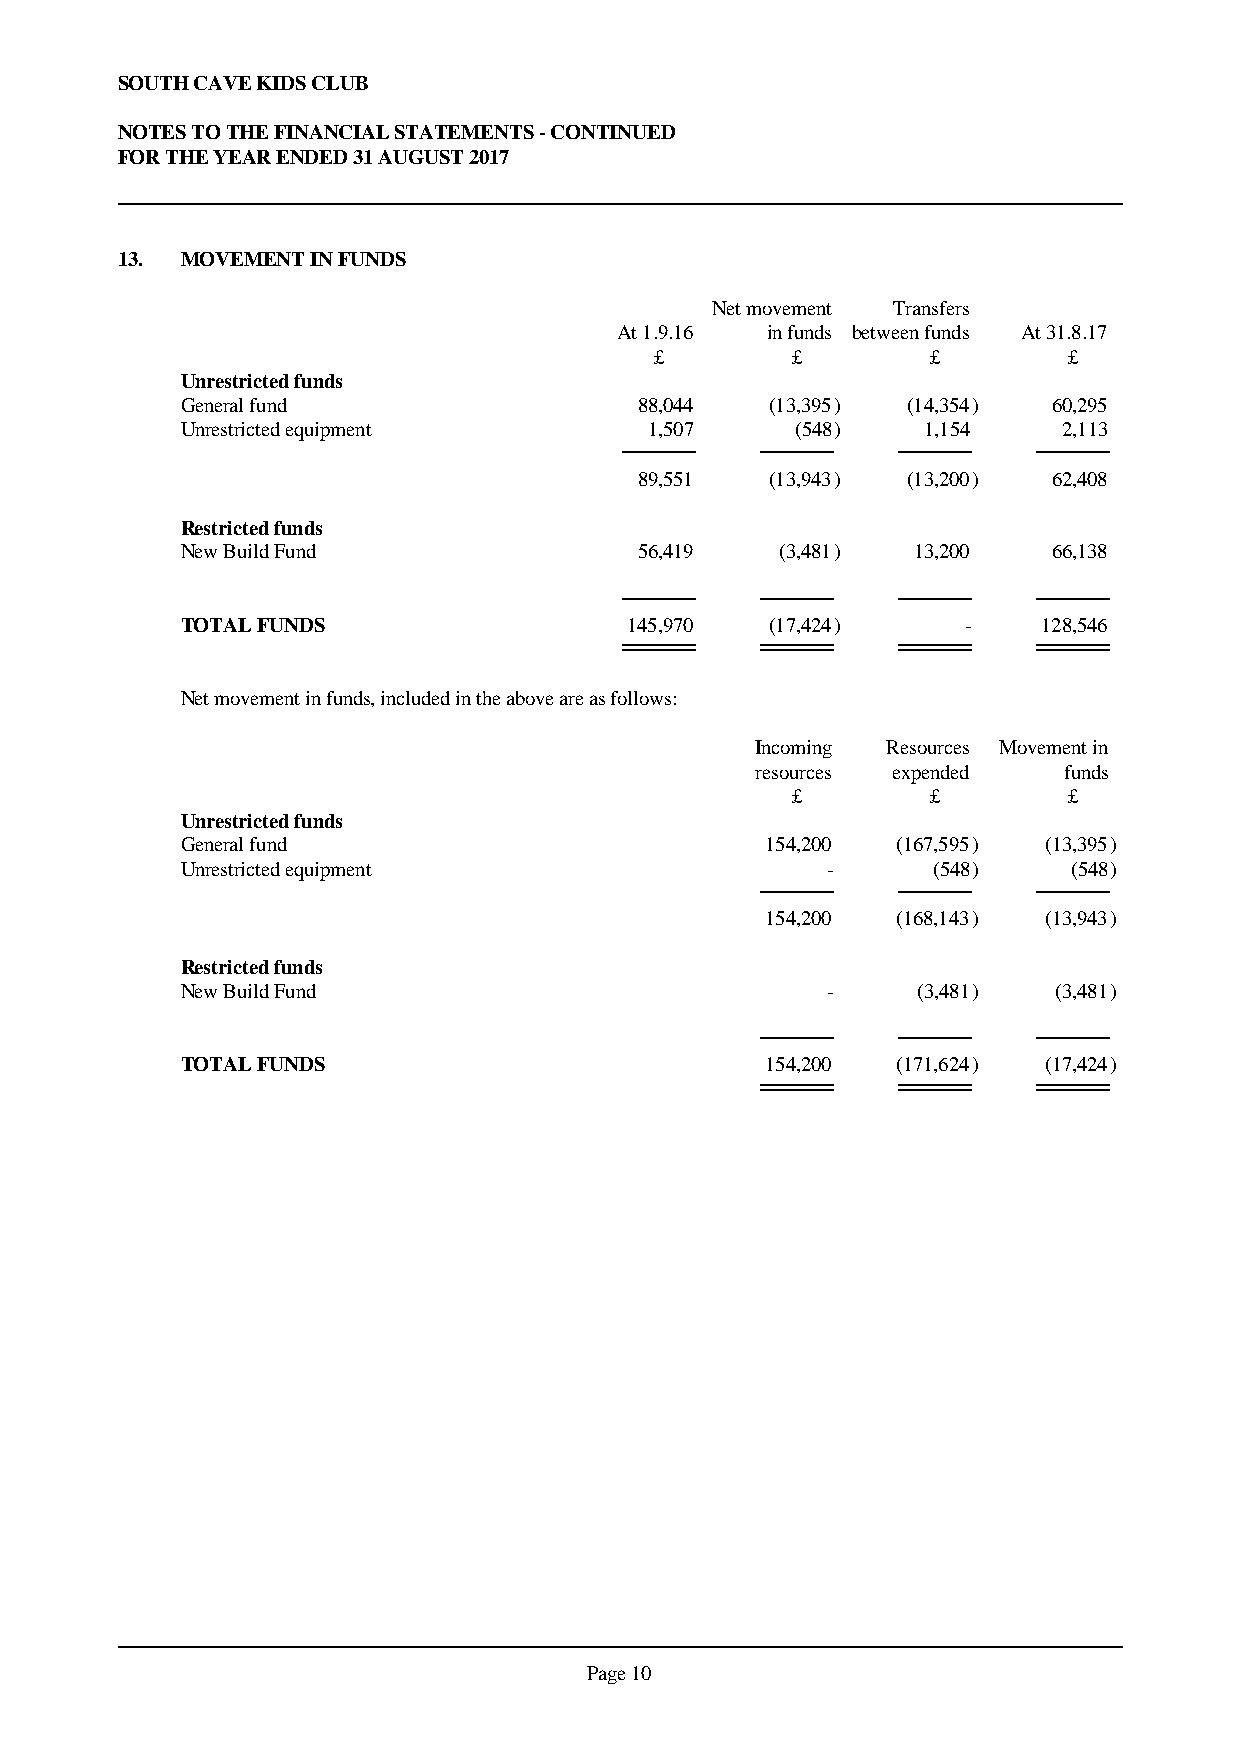
SOUTH CAVE KIDS CLUB
 NOTES TO THE FINANCIAL STATEMENTS - CONTINUED
 FOR THE YEAR ENDED 31 AUGUST 2017
 13. MOVEMENT IN FUNDS
 Net movement Transfers
 At 1.9.16 in funds between funds At 31.8.17
 £        £         £        £
 Unrestricted funds
 General fund                  88,044   (13,395) (14,354)  60,295
 Unrestricted equipment         1,507     (548)   1,154    2,113
 89,551   (13,943) (13,200)  62,408
 Restricted funds
 New Build Fund                56,419    (3,481) 13,200    66,138
 TOTAL FUNDS                   145,970  (17,424)     -    128,546
 Net movement in funds, included in the above are as follows:
 Incoming Resources Movement in
 resources expended  funds
 £         £        £
 Unrestricted funds
 General fund                           154,200 (167,595) (13,395)
 Unrestricted equipment                     -      (548)    (548)
 154,200 (168,143) (13,943)
 Restricted funds
 New Build Fund                             -     (3,481)  (3,481)
 TOTAL FUNDS                            154,200 (171,624) (17,424)
 Page 10